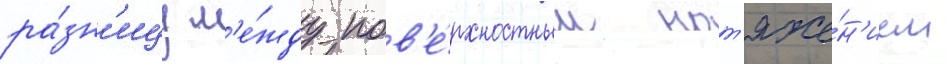
ра́зн'ицу м'е́жду пов'е́рхностным нат'яже́н'ием